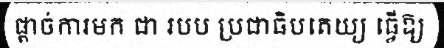
ផ្តាច់ការមក ជា របប ប្រជាធិបតេយ្យ ធ្វើឱ្យ